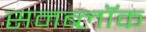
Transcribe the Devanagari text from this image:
सनब्लॉक